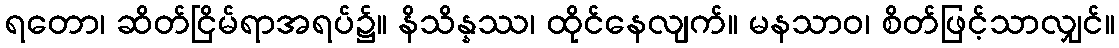
ရတော၊ ဆိတ်ငြိမ်ရာအရပ်၌။ နိသိန္နဿ၊ ထိုင်နေလျက်။ မနသာဝ၊ စိတ်ဖြင့်သာလျှင်။